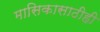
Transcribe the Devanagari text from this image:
मासिकासाठीही